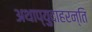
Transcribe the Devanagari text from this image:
अथाप्युदाहरन्ति